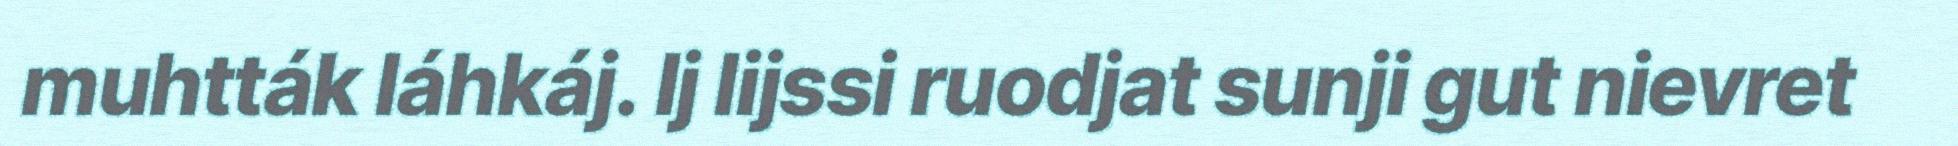
muhtták láhkáj. Ij lijssi ruodjat sunji gut nievret